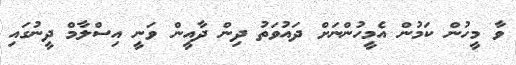
ވާ މީހުން ކަމުން އެމީހުންނަށް ދައުވަތު ދިން ދާއީން ވަނީ އިސްލާމް ދީނުގައި